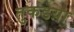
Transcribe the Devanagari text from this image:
तुकडय़ा